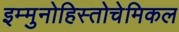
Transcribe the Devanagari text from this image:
इम्मुनोहिस्तोचेमिकल